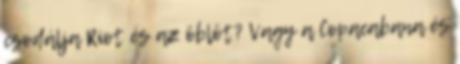
csodálja Riot és az öblöt? Vagy a Copacabana és